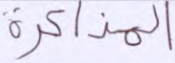
المذكرة